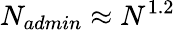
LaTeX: N_{admin}\approx N^{1.2}